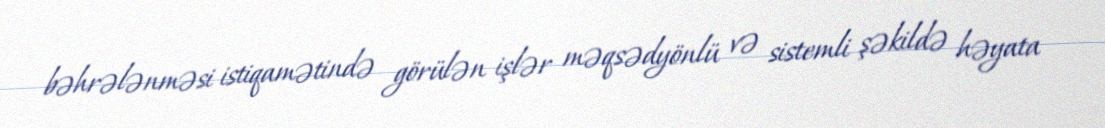
bəhrələnməsi istiqamətində görülən işlər məqsədyönlü və sistemli şəkildə həyata